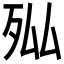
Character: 𭮄